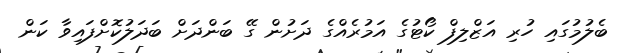
ބެލުމުގައި ހުރި އަޒްލިފް ކޯޓުގެ އަމުރެއްގެ ދަށުން ގޭ ބަންދަށް ބަދަލުކޮށްފައިވާ ކަން